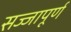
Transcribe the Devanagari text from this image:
सज्जापूर्ण